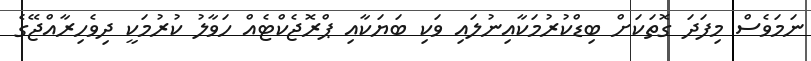
ނަމަވެސް މިފަދަ ގޮތަކަށް ބިޑްކުރުމަކާއިނުލައި ވަކި ބަޔަކާއި ޕްރޮޖެކްޓެއް ހަވާލު ކުރުމަކީ ދިވެހިރާއްޖޭގެ